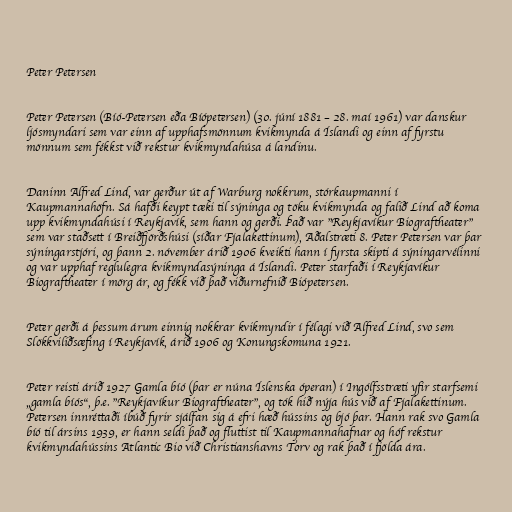
Peter Petersen

Peter Petersen (Bíó-Petersen eða Bíópetersen) (30. júní 1881 – 28. maí 1961) var danskur
ljósmyndari sem var einn af upphafsmönnum kvikmynda á Íslandi og einn af fyrstu
mönnum sem fékkst við rekstur kvikmyndahúsa á landinu.

Daninn Alfred Lind, var gerður út af Warburg nokkrum, stórkaupmanni í
Kaupmannahöfn. Sá hafði keypt tæki til sýninga og töku kvikmynda og falið Lind að koma
upp kvikmyndahúsi í Reykjavík, sem hann og gerði. Það var "Reykjavíkur Biograftheater"
sem var staðsett í Breiðfjörðshúsi (síðar Fjalakettinum), Aðalstræti 8. Peter Petersen var þar
sýningarstjóri, og þann 2. nóvember árið 1906 kveikti hann í fyrsta skipti á sýningarvélinni
og var upphaf reglulegra kvikmyndasýninga á Íslandi. Peter starfaði í Reykjavíkur
Biograftheater í mörg ár, og fékk við það viðurnefnið Biópetersen.

Peter gerði á þessum árum einnig nokkrar kvikmyndir í félagi við Alfred Lind, svo sem
Slökkviliðsæfing í Reykjavík, árið 1906 og Konungskomuna 1921.

Peter reisti árið 1927 Gamla bíó (þar er núna Íslenska óperan) í Ingólfsstræti yfir starfsemi
„gamla bíós“, þ.e. "Reykjavíkur Biograftheater", og tók hið nýja hús við af Fjalakettinum.
Petersen innréttaði íbúð fyrir sjálfan sig á efri hæð hússins og bjó þar. Hann rak svo Gamla
bíó til ársins 1939, er hann seldi það og fluttist til Kaupmannahafnar og hóf rekstur
kvikmyndahússins Atlantic Bio við Christianshavns Torv og rak það í fjölda ára.